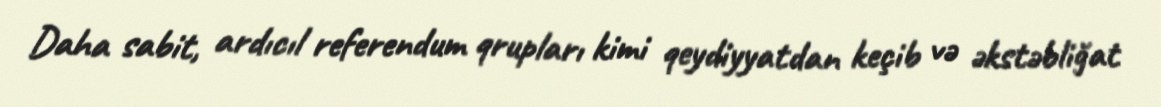
Daha sabit, ardıcıl referendum qrupları kimi qeydiyyatdan keçib və əkstəbliğat